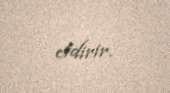
etdirir.